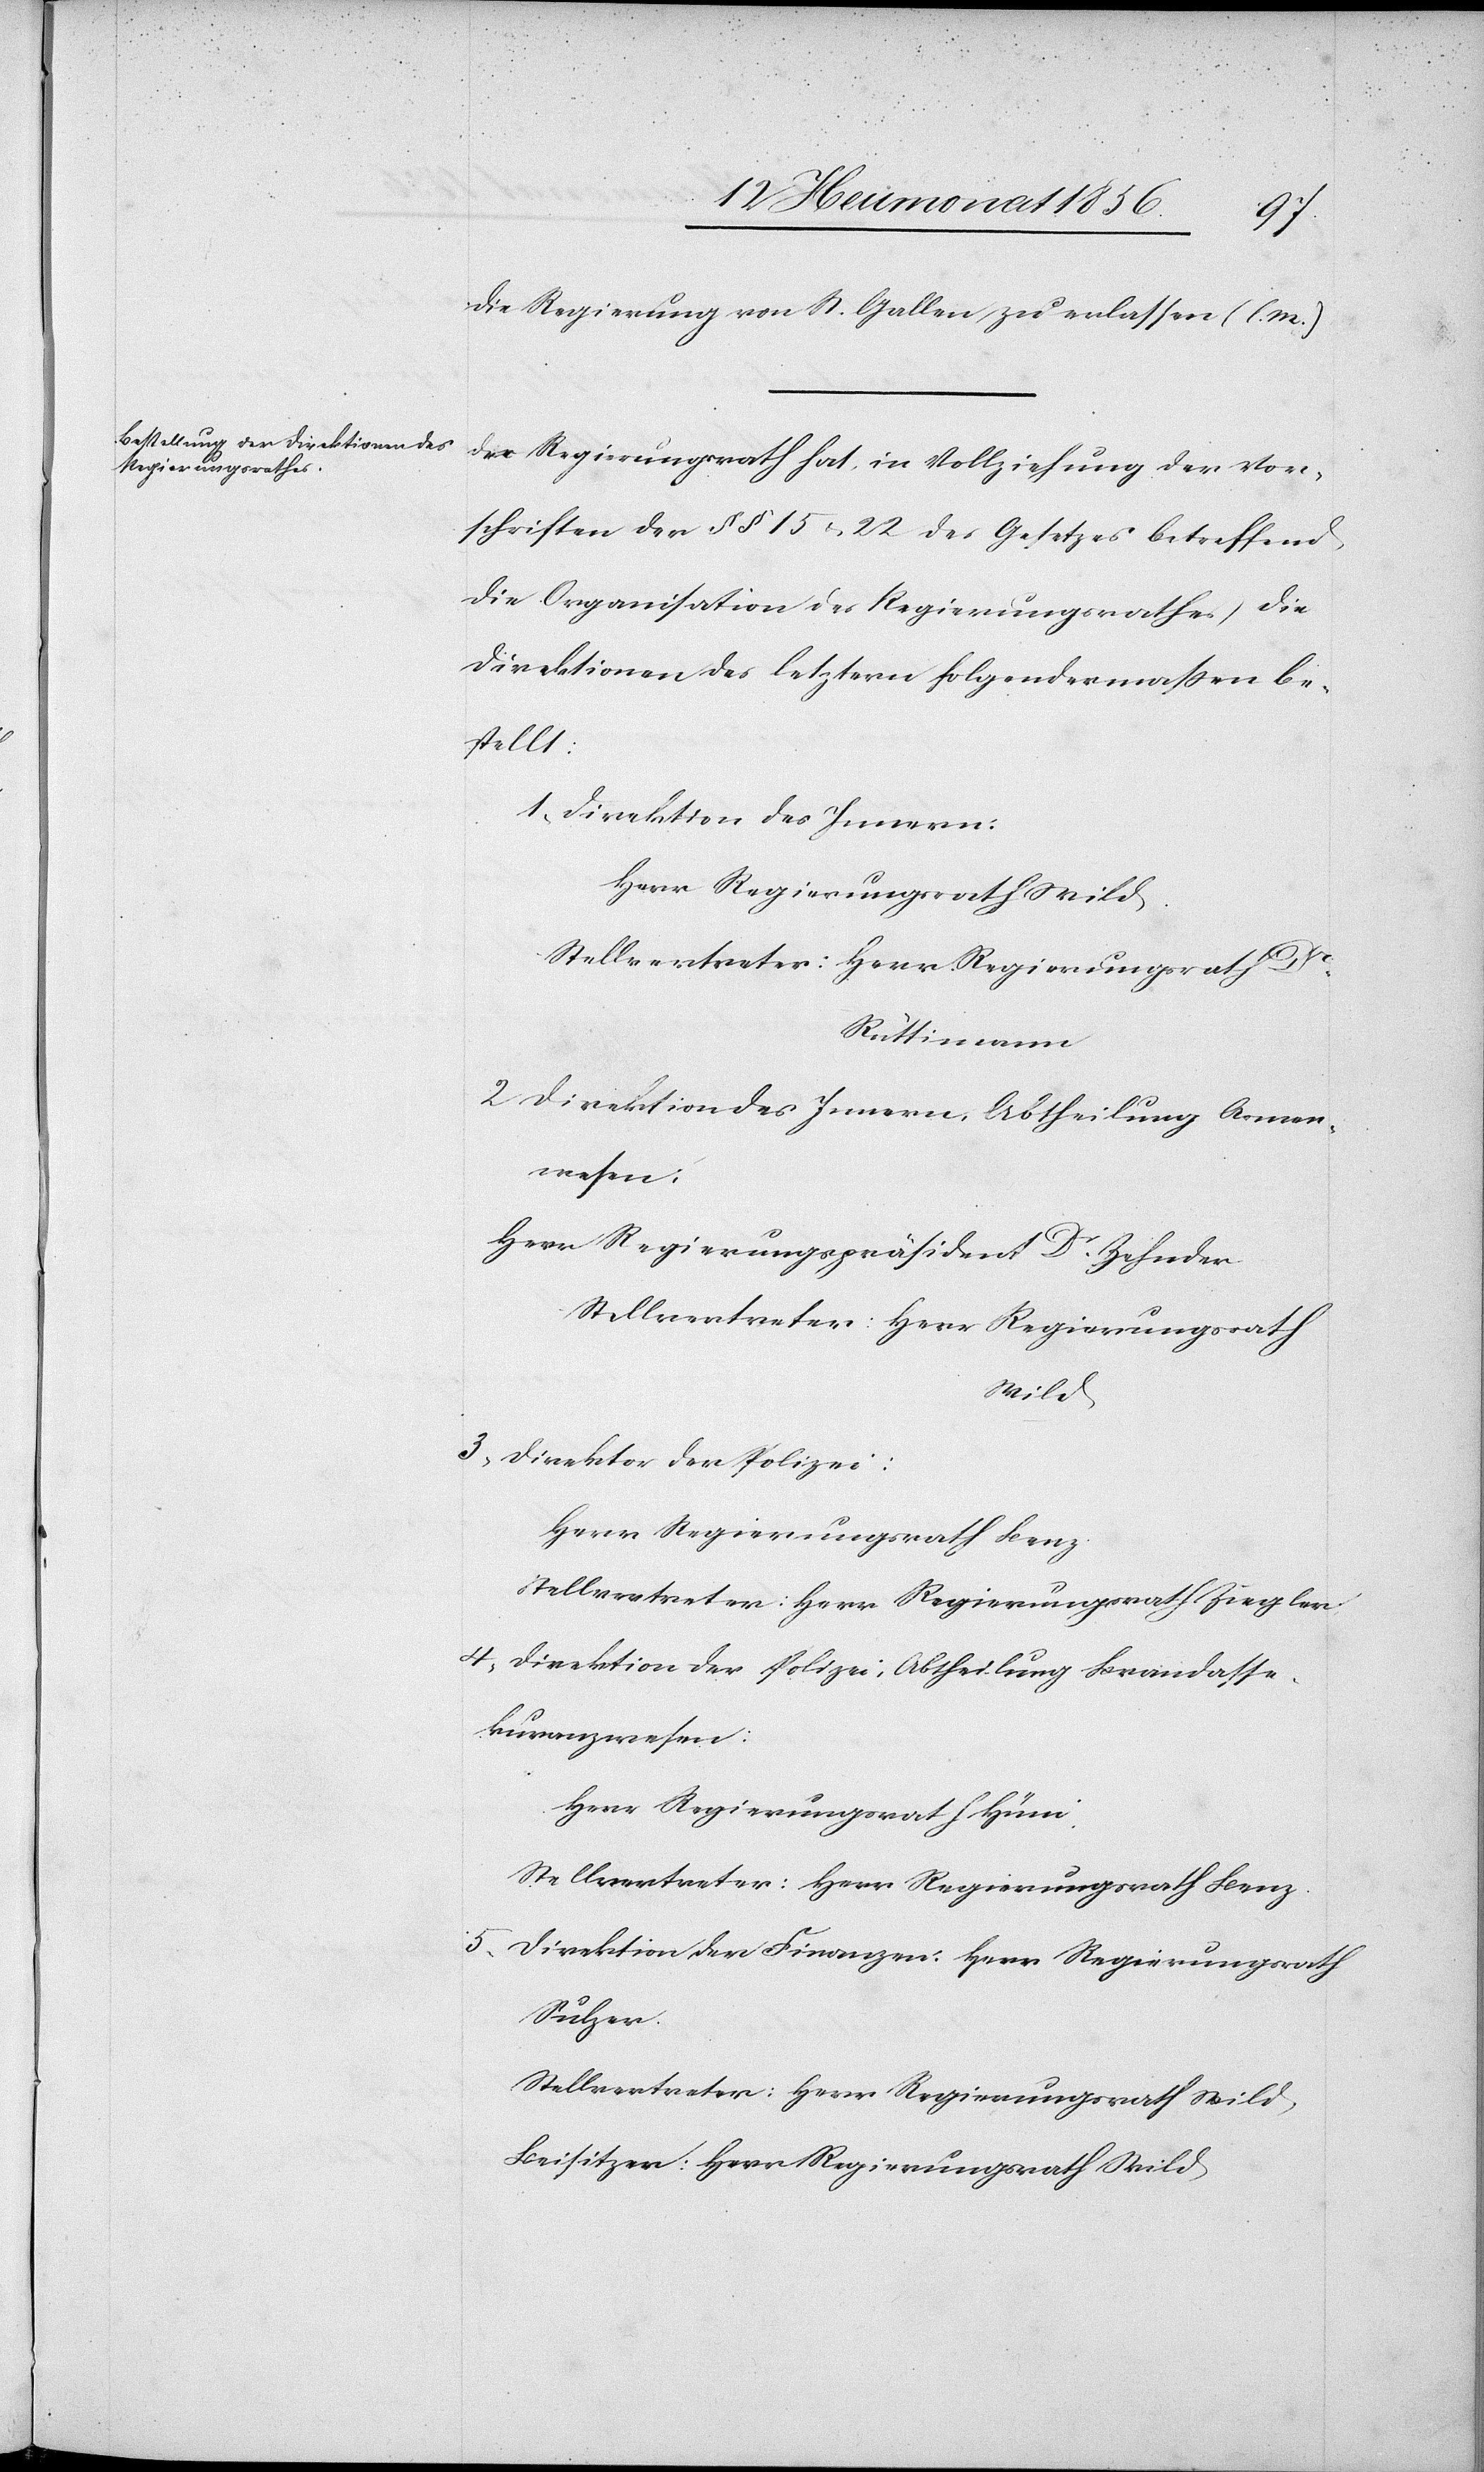
die Regierung von St. Gallen zu erlassen (l.
Der Regierungsrath hat in Vollziehung der Vor¬
schriften der §§ 15 u. 22 des Gesetzes betreffend
die Organisation des Regierungsrathes die
Direktionen des letztern folgendermassen be¬
stellt:
1. Direktion des Innern:
Herr Regierungsrath Wild.
Stellvertreter Herr Regierungsrath Dr
Rüttimann
2. Direktion des Innern, Abtheilung Armen¬
wesen:
Herr Regierungspräsident Dr Zehnder
3. Direktor der Polizei:
Herr Regierungsrath Benz.
Stellvertreter: Herr Regierungsrath Ziegler.
4. Direktion der Polizei, Abtheilung Brandasse¬
kuranzwesen:
Herr Regierungsrath Hüni.
Stellvertreter: Herr Regierungsrath Benz.
5. Direktion der Finanzen: Herr Regierungsrath
Sulzer.
Stellvertreter: Herr Regierungsrath Wild
Beisitzer: Herr Regierungsrath Wild